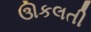
ઊકલતી